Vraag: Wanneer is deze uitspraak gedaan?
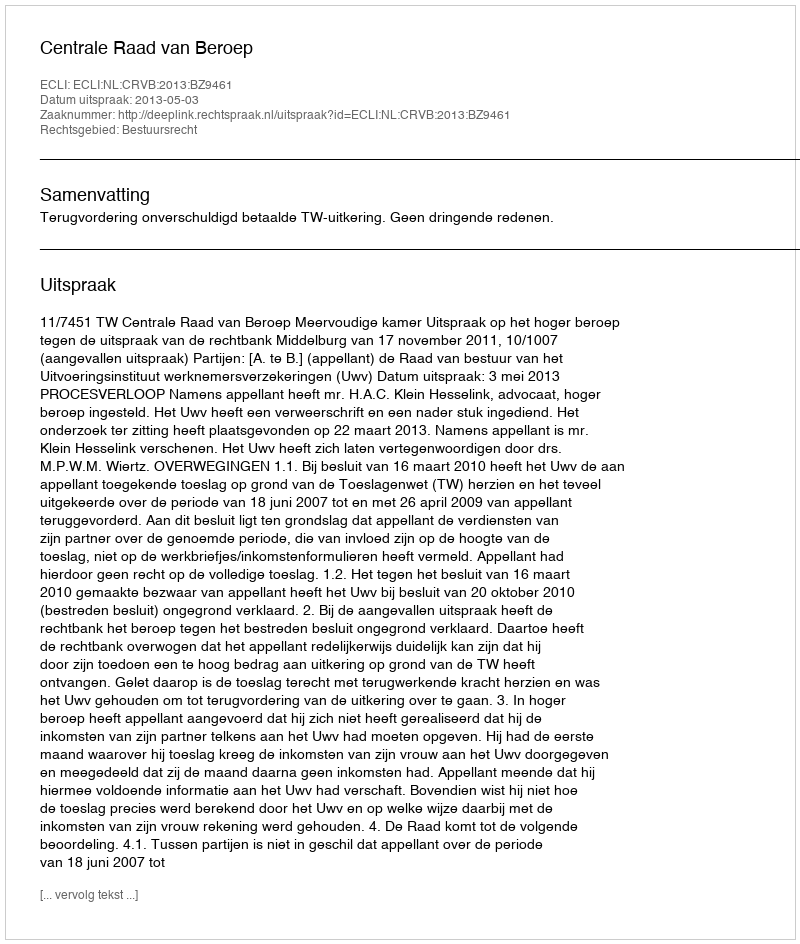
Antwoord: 2013-05-03